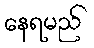
နေရမည်